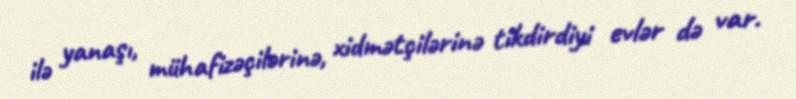
ilə yanaşı, mühafizəçilərinə, xidmətçilərinə tikdirdiyi evlər də var.